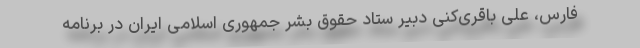
فارس، علی باقری‌کنی دبیر ستاد حقوق بشر جمهوری اسلامی ایران در برنامه